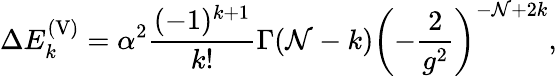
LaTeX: \Delta E_{k}^{\mathrm{(V)}}=\alpha^{2}{\frac{(-1)^{k+1}}{k!}}\Gamma({\cal N}-k)\left(-{\frac{2}{g^{2}}}\right)^{-{\cal N}+2k},